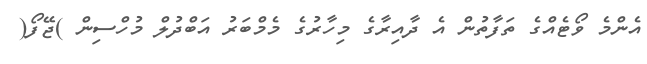
އެންމެ ވޯޓެއްގެ ތަފާތުން އެ ދާއިރާގެ މިހާރުގެ މެމްބަރު އަބްދުލް މުހްސިން )ޖޭފޯ(